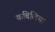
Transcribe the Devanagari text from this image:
कबिलिया